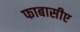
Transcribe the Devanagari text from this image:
फाबासीए